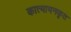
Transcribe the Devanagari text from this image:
कात्यायनकृत